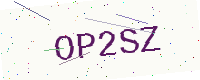
Text: OP2SZ